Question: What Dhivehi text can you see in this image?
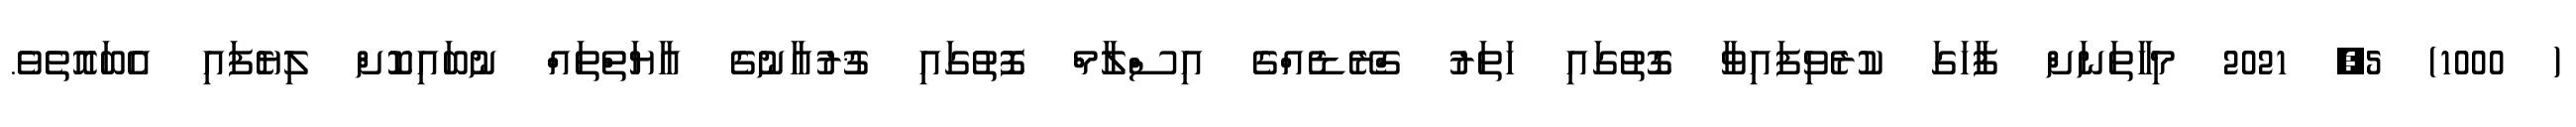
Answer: ( 1000) 5, 2021 މިހާތަނަށް ފާހަގަ ކުރެވިފައިވާ ގޮތުގައި ހަތަރު ގްރޭޑެއްގެ އިސްލާމް ފޮތުގައި ޤުރުއާނުގެ އާޔަތްތައް ނުބައިކޮށް ލިޔެފައި އެބައޮތެވެ.